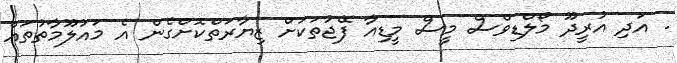
. އަދި އުރީދޫ މޯލްޑިވްސް މީސް މީޑިއާ ފޭޖުތަކަށް ޒިޔާރަތްކޮށްގެން އެ މައުލޫމާތުތައް